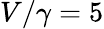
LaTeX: V/\gamma=5